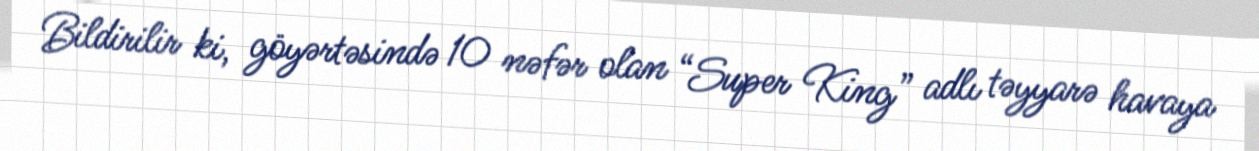
Bildirilir ki, göyərtəsində 10 nəfər olan “Super King” adlı təyyarə havaya